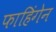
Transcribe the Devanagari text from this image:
फाहिंगेन